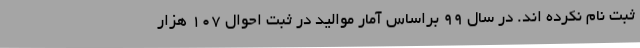
ثبت نام نکرده اند. در سال ۹۹ براساس آمار موالید در ثبت احوال ۱۰۷ هزار